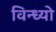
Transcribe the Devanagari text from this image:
विन्ध्यो